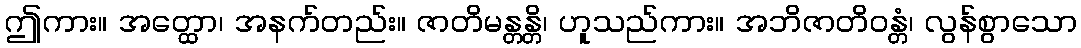
ဤကား။ အတ္ထော၊ အနက်တည်း။ ဇာတိမန္တန္တိ၊ ဟူသည်ကား။ အဘိဇာတိဝန္တံ၊ လွန်စွာသော